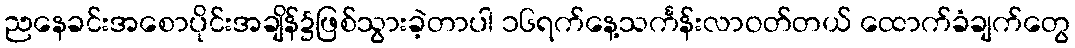
ညနေခင်းအစောပိုင်းအချိန်၌ဖြစ်သွားခဲ့တာပါ ၁၆ရက်နေ့သင်္ကန်းလာဝတ်တယ် ထောက်ခံချက်တွေ